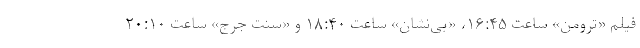
فیلم «ترومن» ساعت ۱۶:۴۵، «بی‌نشان» ساعت ۱۸:۴۰ و «سنت جرج» ساعت ۲۰:۱۰